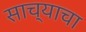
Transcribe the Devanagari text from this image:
साच्याचा